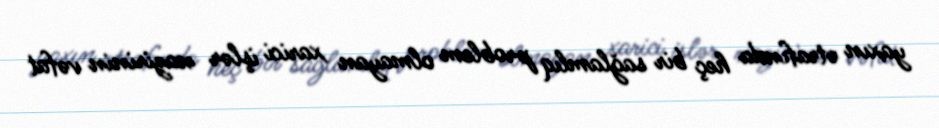
yaxın ətrafında heç bir sağlamlıq problem olmayan xarici işlər nazirinin vəfat